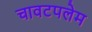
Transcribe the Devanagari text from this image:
चावटपलेम